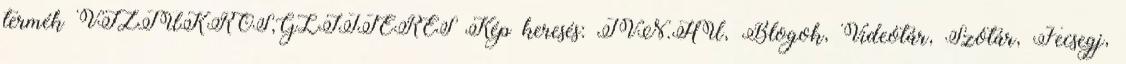
termék VÍZTÜKRÖS,GLITTERES Kép keresés: TVN.HU, Blogok, Videótár, Szótár, Fecsegj,